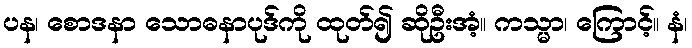
ပန၊ စောဒနာ သောဓနာပုဒ်ကို ထုတ်၍ ဆိုဦးအံ့။ ကသ္မာ၊ ကြောင့်။ နံ၊